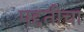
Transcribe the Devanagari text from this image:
पद्दतीचा